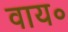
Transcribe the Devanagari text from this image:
वाय॰